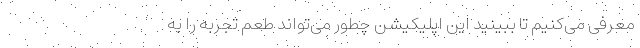
معرفی می‌کنیم تا ببینید این اپلیکیشن چطور می‌تواند طعم تجربه را به